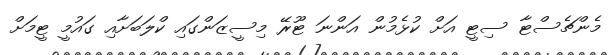
މެންޗެސްޓާ ސިޓީ އަށް ކުޅެމުން އަންނަ ޓޫރޭ މިސީޒަންގައި ކްލަބަށާއި ގައުމީ ޓީމަށް